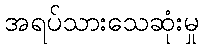
အရပ်သားသေဆုံးမှု